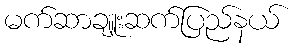
မက်ဆာချူးဆက်ပြည်နယ်